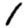
Digit: 1